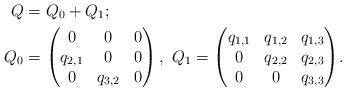
LaTeX: \begin{align*} Q&= Q_0+ Q_1;\\Q_0&={\begin{pmatrix}0& 0&0\cr q_{2,1}&0&0\\0&q_{3,2}&0\end{pmatrix}, \ Q_1=\begin{pmatrix}q_{1,1}& q_{1,2}&q_{1,3}\cr 0&q_{2,2}&q_{2,3}\\0&0&q_{3,3}\end{pmatrix}}.\end{align*}